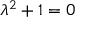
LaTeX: \lambda ^ { 2 } + 1 = 0